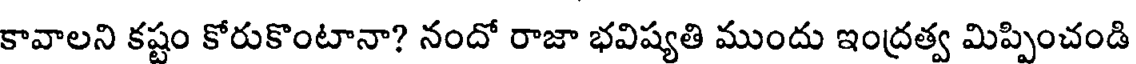
కావాలని కష్టం కోరుకొంటానా? నందో రాజా భవిష్యతి ముందు ఇంద్రత్వ మిప్పించండి